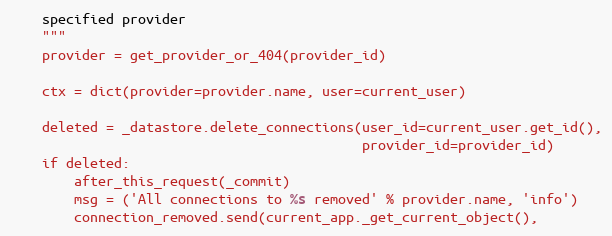
Language: Python
    specified provider
    """
    provider = get_provider_or_404(provider_id)

    ctx = dict(provider=provider.name, user=current_user)

    deleted = _datastore.delete_connections(user_id=current_user.get_id(),
                                            provider_id=provider_id)
    if deleted:
        after_this_request(_commit)
        msg = ('All connections to %s removed' % provider.name, 'info')
        connection_removed.send(current_app._get_current_object(),